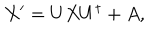
X ^ { \prime } = U X U ^ { \dagger } + A ,